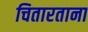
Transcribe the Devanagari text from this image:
चितारताना